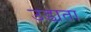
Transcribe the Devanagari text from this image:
उडा़ता